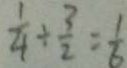
\frac { 1 } { 4 } \div \frac { 3 } { 2 } = \frac { 1 } { 6 }